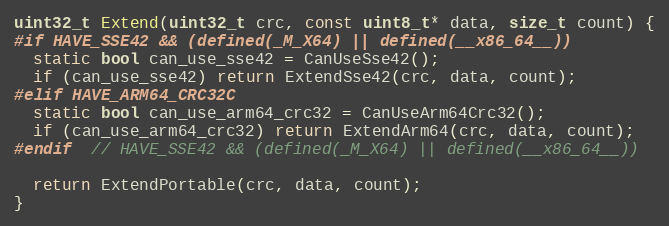
Language: C++
uint32_t Extend(uint32_t crc, const uint8_t* data, size_t count) {
#if HAVE_SSE42 && (defined(_M_X64) || defined(__x86_64__))
  static bool can_use_sse42 = CanUseSse42();
  if (can_use_sse42) return ExtendSse42(crc, data, count);
#elif HAVE_ARM64_CRC32C
  static bool can_use_arm64_crc32 = CanUseArm64Crc32();
  if (can_use_arm64_crc32) return ExtendArm64(crc, data, count);
#endif  // HAVE_SSE42 && (defined(_M_X64) || defined(__x86_64__))

  return ExtendPortable(crc, data, count);
}